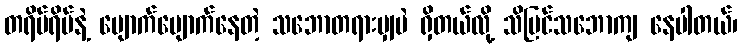
တရိပ်ရိပ်နဲ့ ပျောက်ပျောက်နေတဲ့ သဘောတရားမျှပဲ ရှိတယ်လို့ သိမြင်သဘောကျ နေပါတယ်၊